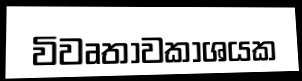
විවෘතාවකාශයක